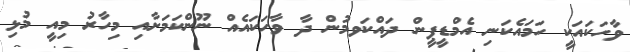
ވާހަކައަކީ ހަމައެކަނި އެމްޑީޕީން ދައްކަވމުން ދާ ވާހަކައެއް ނޫންކަމަށާއި މިހާރު މިއީ މުޅި